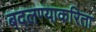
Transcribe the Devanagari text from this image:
बदलण्याकरिता